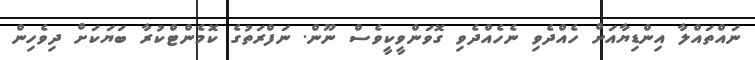
ނައްތައްލާ އިންޑިޔާއަށް ހެއްދެވި ނެހެއްދެވި ގޮވަންވީކީވެސް ނޫން. ނަފްރަތުގެ ކޮމެންޓްކުރާ ބަޔަކަށް ދިވެހިން